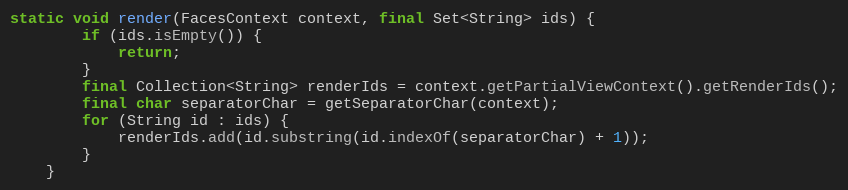
Language: Java
static void render(FacesContext context, final Set<String> ids) {
        if (ids.isEmpty()) {
            return;
        }
        final Collection<String> renderIds = context.getPartialViewContext().getRenderIds();
        final char separatorChar = getSeparatorChar(context);
        for (String id : ids) {
            renderIds.add(id.substring(id.indexOf(separatorChar) + 1));
        }
    }